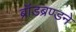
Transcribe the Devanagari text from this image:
ब्रॉडब्रण्डने